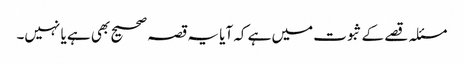
مسئلہ قصے کے ثبوت میں ہے کہ آیا یہ قصہ صحیح بھی ہے یا نہیں۔